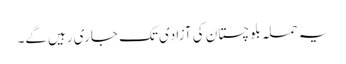
یہ حملہ بلوچستان کی آزادی تک جاری رہیں گے۔